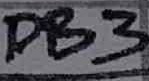
Text: DB3